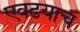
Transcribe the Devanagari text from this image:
एवढयाच